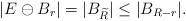
LaTeX: \begin{align*} |E\ominus B_r| = |B_{\widetilde{R}}|\le |B_{R-r}|. \end{align*}